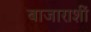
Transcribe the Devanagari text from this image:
बाजाराशीं